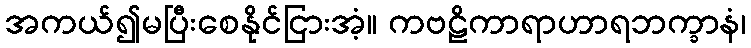
အကယ်၍မပြီးစေနိုင်ငြားအံ့။ ကဗဠိကာရာဟာရဘက္ခာနံ၊